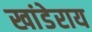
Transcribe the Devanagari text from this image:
खांडेराय